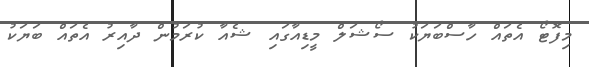
މިފޮޓޯ އެތައް ހާސްބަޔަކު ސޯޝަލް މީޑިއާގައި ޝެއާ ކުރަމުން ދާއިރު އެތައް ބަޔަކު